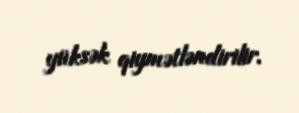
yüksək qiymətləndirilir.